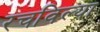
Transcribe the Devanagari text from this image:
रचविल्या